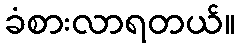
ခံစားလာရတယ်။